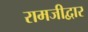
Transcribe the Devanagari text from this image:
रामजीद्वार